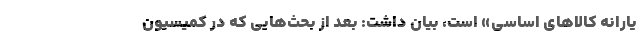
یارانه کالاهای اساسی» است، بیان داشت: بعد از بحث‌هایی که در کمیسیون